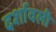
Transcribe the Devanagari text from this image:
दर्शावली